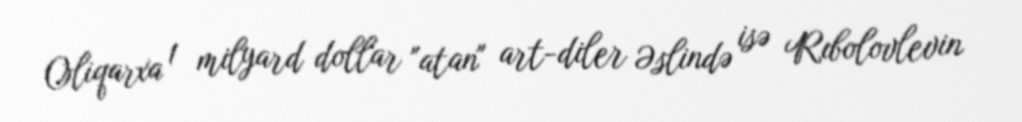
Oliqarxa 1 milyard dollar "atan" art-diler Əslində isə Rıbolovlevin